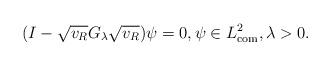
LaTeX: \begin{align*} (I- \sqrt {v_R}G_\lambda\sqrt {v_R})\psi=0, \psi\in L^2_{{\rm com}}, \lambda>0.\end{align*}